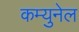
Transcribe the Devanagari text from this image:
कम्युनेल